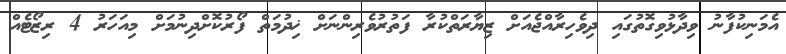
އެމަނިކުފާނު ވިދާޅުވިގޮތުގައި ދިވެހިރާއްޖެއަށް ޒިޔާރަތްކުރާ ފަތުރުވެރިންނަށް ޚިދުމަތް ފޯރުކޮށްދިނުމަށް މިއަހަރު 4 ރިޒޯޓެއް